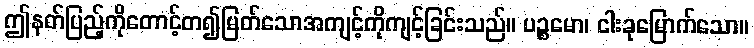
ဤနတ်ပြည့်ကိုတောင့်တ၍မြတ်သောအကျင့်ကိုကျင့်ခြင်းသည်။ ပဉ္စမော၊ ငါးခုမြောက်သော။